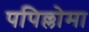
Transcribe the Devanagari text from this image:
पपिल्लोमा